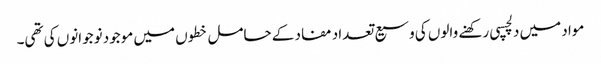
مواد میں دلچسپی رکھنے والوں کی وسیع تعداد مفاد کے حامل خطوں میں موجود نوجوانوں کی تھی۔